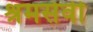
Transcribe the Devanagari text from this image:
श्रमसेवी